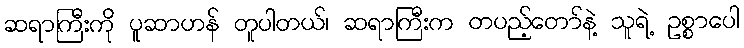
ဆရာကြီးကို ပူဆာဟန် တူပါတယ်၊ ဆရာကြီးက တပည့်တော်နဲ့ သူရဲ့ ဥစ္စာပေါ